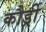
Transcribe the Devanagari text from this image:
कौर्ड्री